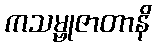
ကသမ္ဗုဇာတာနိ